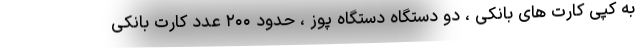
به کپی کارت های بانکی ، دو دستگاه دستگاه پوز ، حدود ۲۰۰ عدد کارت بانکی